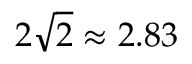
2 \sqrt { 2 } \approx 2 . 8 3